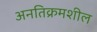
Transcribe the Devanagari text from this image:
अनतिक्रमशील